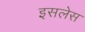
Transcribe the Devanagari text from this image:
इसलेस